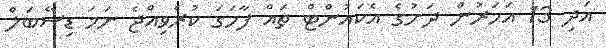
އަދި 13 އަހަރުން ދަށުގެ އެކައުންޓް ތައް ފާހަގަ ކުރެވިއްޖެ ނަމަ ޑިސޭބަލް